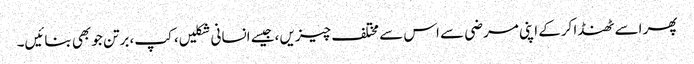
پھر اسے ٹھنڈا کرکے اپنی مرضی سے اس سے مختلف چیزیں ،جیسے انسانی شکلیں، کپ، برتن جو بھی بنائیں۔